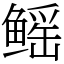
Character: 鳐